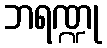
ဘရဏ္ဍု